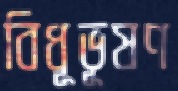
বিধূভূষণ